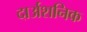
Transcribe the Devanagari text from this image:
दार्अशनिक